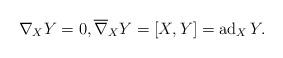
LaTeX: \begin{gather*} \nabla _X Y = 0 , \overline{ \nabla } _X Y = [X, Y] = \operatorname{ad} _X Y . \end{gather*}